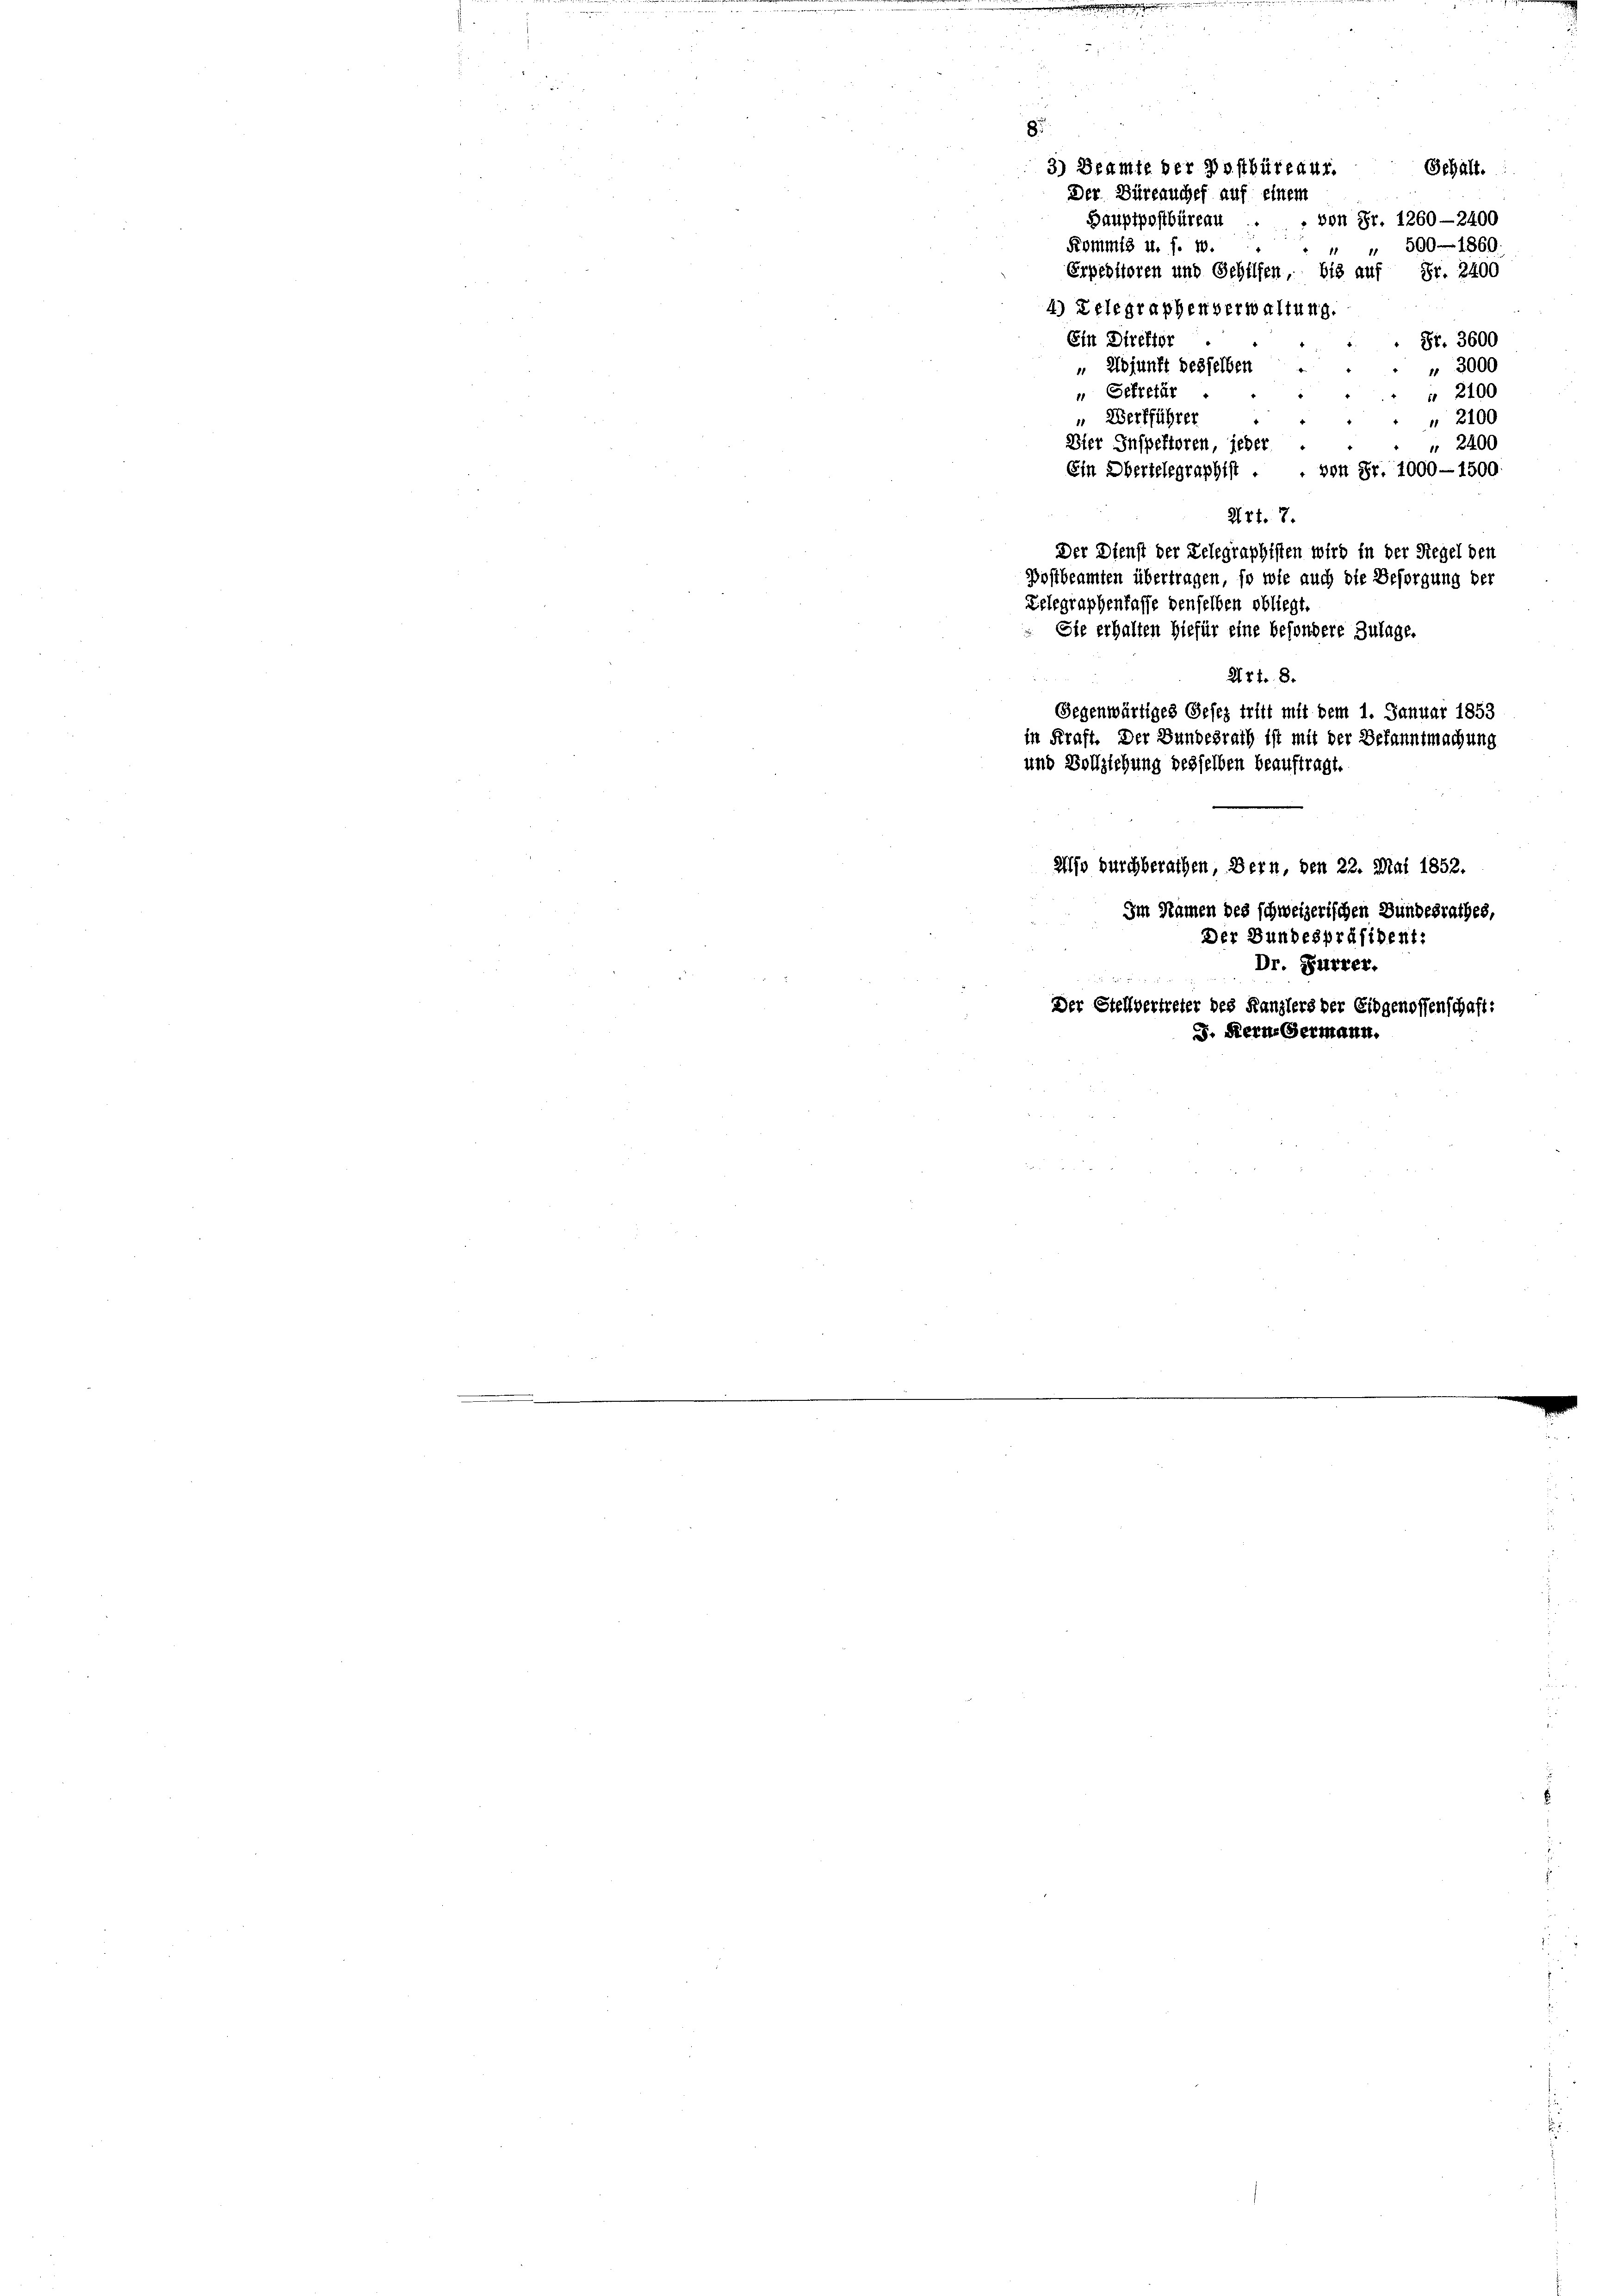
85
3) Beamte der Postbüreaur.
Gehält.
Der Büreauches auf einem
Bauptpostbüreau. . . von Fr. 1260—2400
" 500—1860
Frömmig u. f. 10.
Erpeditoren und Gehilfen, bis auf Fr. 2400

4) Telegraphenverwaltung.
Ein Direktor
„ Adjunft desselben
 Gekretär
" Werkführer
Bier Inspektoren, jeder
Ein Obertelegraphist . . von Fr. 1000-1500.
Art. 7.
Der Dienst der Telegraphisten wird in der Regel den
Postbeamten übertragen, so wie auch die Besorgung ber
Zelegraphentaffe denselben obliegt
Sie erhalten hiefür eine besondere Zulage.
27fr. 8.
Gegenwärtiges Gesez tritt mit dem 1. Januar 1853
in Kraft. Der Bundesrath ist mit der Bekanntmachung
und Vollziehung desselben beauftragt.
aso durchberathen, Bern, den 22. Mai 1852.
Im Namen des schweizerischen Bundesrathes,
Der Bundespräsident:
Dr. Furrer.
Der Stellvertreter des Kanzlers der Eidgenossenschaft:
S. Kerne Germann.

u

Fr. 3600
" 3000
 2100
 2100
" 2400